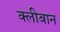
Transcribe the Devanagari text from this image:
क्लीबान